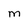
Character: M